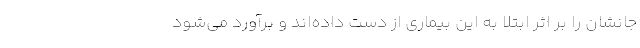
جانشان را بر اثر ابتلا به این بیماری از دست داده‌اند و برآورد می‌شود